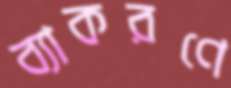
ব্যাকরণে